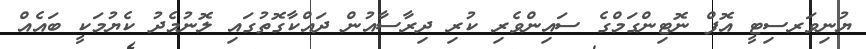
ޔުނިވަރސިޓީ އޮފް ނޮޓިންގަމްގެ ސައިންވެރި ކުރި ދިރާސާއުން ދައްކާގޮތުގައި ލޮނުމެދު ކެޔުމަކީ ބައެއް